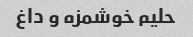
حلیم خوشمزه و داغ